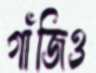
গাঁজিও